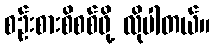
စဉ်းစားစိစစ်ဖို့ လိုပါတယ်။